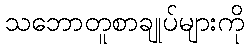
သဘောတူစာချုပ်များကို